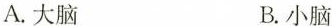
A.大脑 B.小脑